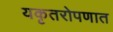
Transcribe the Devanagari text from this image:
यकृतरोपणात